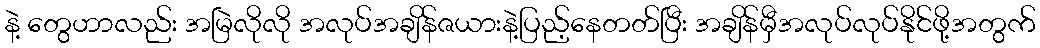
နဲ့ တွေဟာလည်း အမြဲလိုလို အလုပ်အချိန်ဇယားနဲ့ပြည့်နေတတ်ပြီး အချိန်မှီအလုပ်လုပ်နိုင်ဖို့အတွက်